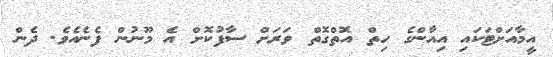
އީމާއަށްޓަކައި އިއާންގެ ހިތް އޮތްގޮތް ވަރަށް ސާފުކޮށް އެ މޫނުން ފެނެއެވެ. ދެން